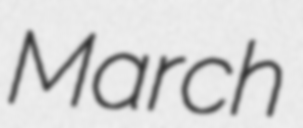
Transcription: March